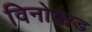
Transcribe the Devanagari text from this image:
विनोग्राड